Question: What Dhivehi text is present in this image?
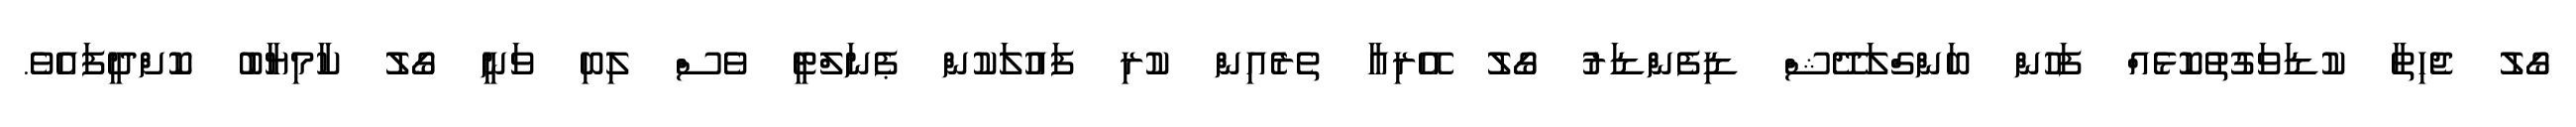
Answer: ގޯލު ޖެހިތާ ކުޑަވަގުތުކޮޅެއް ފަހުން ބަންގްލަދޭޝް ޑިފެންޑަރު ގޯލު އޭރިއާ ތެރެއިން ކުރި ފައުލަކުން ޕެނަލްޓީ ވެސް ލިބި ވަނީ ގޯލު ކާމިޔާބު ކޮށްދީފައެވެ.